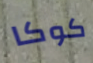
كوكا